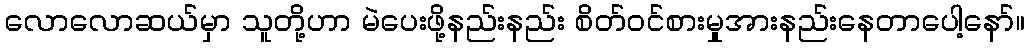
လောလောဆယ်မှာ သူတို့ဟာ မဲပေးဖို့နည်းနည်း စိတ်ဝင်စားမှုအားနည်းနေတာပေါ့နော်။